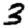
Digit: 3